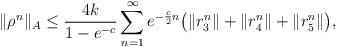
\begin{align*} \|\rho^n\|_A & \leq \frac{4k}{1-e^{-c}} \sum\limits_{n=1}^{\infty} e^{-\frac{c}{2}n } \big(\|r_3^n\| +\|r_4^n\| +\|r_5^n\| \big), \end{align*}